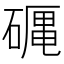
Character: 𥕠